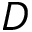
D